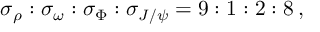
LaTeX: \sigma _ { \rho } : \sigma _ { \omega } : \sigma _ { \Phi } : \sigma _ { J / \psi } = 9 : 1 : 2 : 8 \, ,